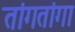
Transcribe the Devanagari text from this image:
तांगतांगा